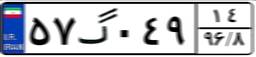
۵۷گ۰۴۹۱۴